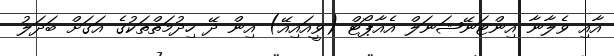
އާއި ވެލާނާ އިންޓަނޭޝަނަލް އެއާޕޯޓް (ވީއައިއޭ) އިން ދޭ ހިދުމަތްތަކުގެ އަގަށް ބަދަލު